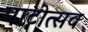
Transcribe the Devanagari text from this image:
पाटोत्सव